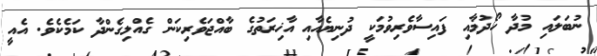
ނުބަލައި މުދާ ހޯދުމާއި ފައިސާވެރިވުމަކީ ދުނިޔެއާއި އާޚިރަތުގެ ބާއްޖަވެރިކަން ގެއްލިގެންދާ ކަމެކެވެ. އެއީ